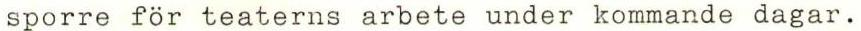
sporre för teaterns arbete under kommande dagar.